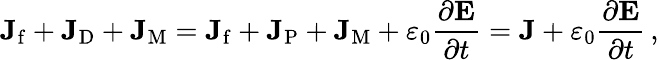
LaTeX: \mathbf{J}_{\mathrm{f}}+\mathbf{J}_{\mathrm{D}}+\mathbf{J}_{\mathrm{M}}=\mathbf{J}_{\mathrm{f}}+\mathbf{J}_{\mathrm{P}}+\mathbf{J}_{\mathrm{M}}+\varepsilon_{0}{\frac{\partial\mathbf{E}}{\partial t}}=\mathbf{J}+\varepsilon_{0}{\frac{\partial\mathbf{E}}{\partial t}}\, ,